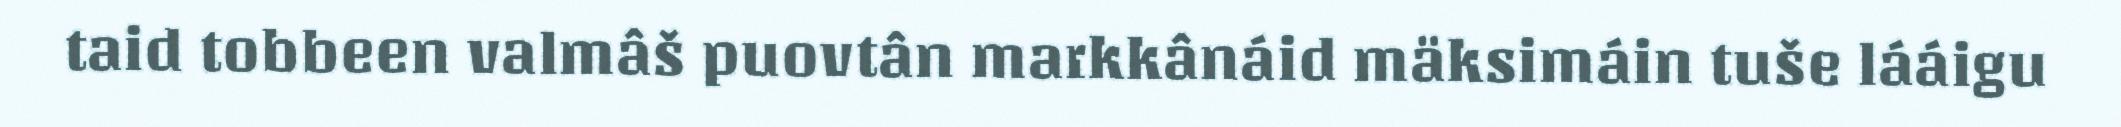
taid tobbeen valmâš puovtân markkânáid mäksimáin tuše lááigu